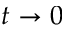
t \rightarrow 0